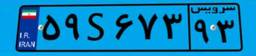
۵۹S۶۷۳۹۳